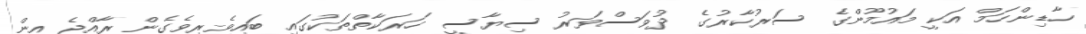
ހާޑިންހަމް އަކީ މައުމޫންގެ ސަރުކާރުގެ ދުވަސްވަރު ސިޔާސީ ހަރަކާތްތަކުގައި ބައިވެރިވެގެން ރާއްޖެ އިން